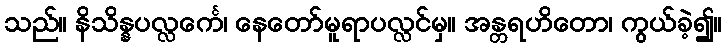
သည်။ နိသိန္နပလ္လင်္ကေ၊ နေတော်မူရာပလ္လင်မှ။ အန္တရဟိတော၊ ကွယ်ခဲ့၍။